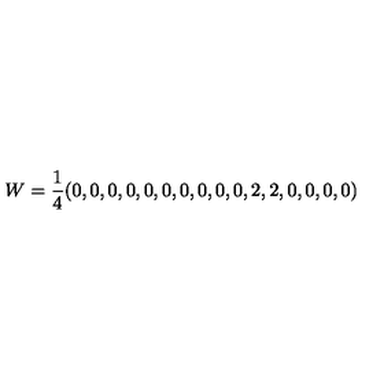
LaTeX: W = \frac 1 4 ( 0 , 0 , 0 , 0 , 0 , 0 , 0 , 0 , 0 , 0 , 2 , 2 , 0 , 0 , 0 , 0 )